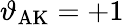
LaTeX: \vartheta_{\textrm{AK}}=+1